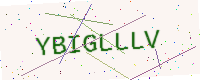
Text: YBIGLLLV